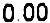
0.00